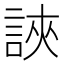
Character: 䛟